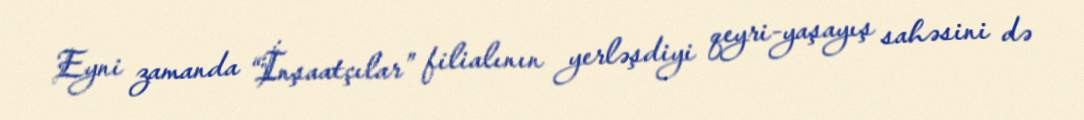
Eyni zamanda “İnşaatçılar” filialının yerləşdiyi qeyri-yaşayış sahəsini də